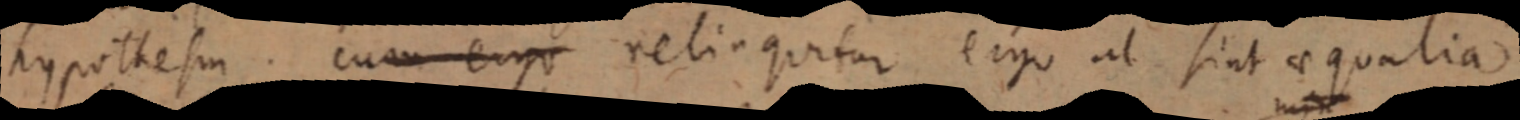
hypothesin. cum ergo reliaquitur ergo ut sint aequalia